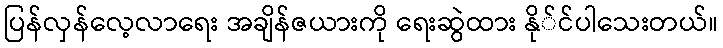
ပြန်လှန်လေ့လာရေး အချိန်ဇယားကို ရေးဆွဲထား နို်င်ပါသေးတယ်။